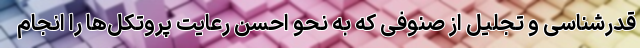
قدرشناسی و تجلیل از صنوفی که به نحو احسن رعایت پروتکل‌ها را انجام